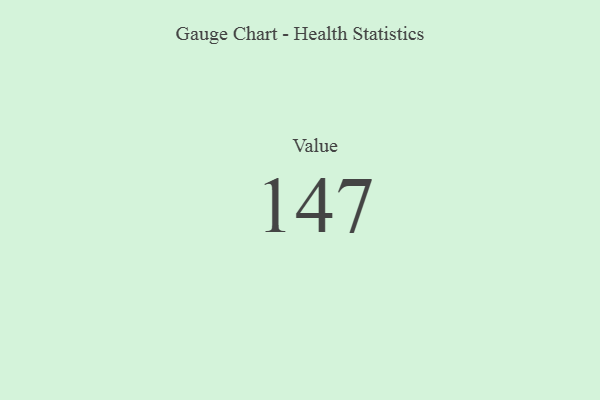
{"axis": {"x": "Metric", "y": "Value"}, "legend": [""], "data": [{"x": "Value", "y": 147, "type": ""}]}